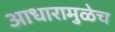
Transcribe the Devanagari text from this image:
आधारामुळेच